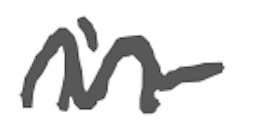
Text: in
Cross-out: mix
Writing tool: digital_gray